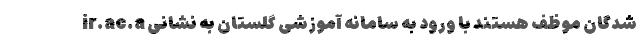
شدگان موظف هستند با ورود به سامانه آموزشی گلستان به نشانی ir.ac.a